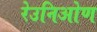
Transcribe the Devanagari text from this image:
रेउनिओण